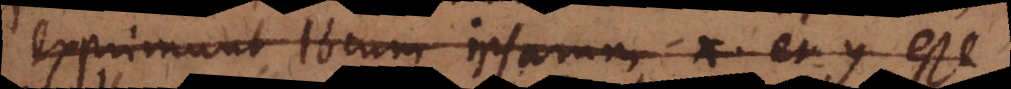
exprimunt locum ipsarum x et y esse